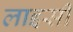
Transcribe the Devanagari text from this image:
लाइसी